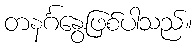
တနင်္ဂနွေဖြစ်ပါသည်။